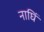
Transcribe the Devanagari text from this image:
नाघिं